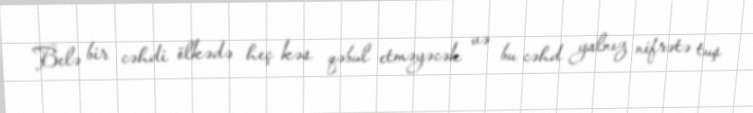
Belə bir cəhdi ölkədə heç kəs qəbul etməyəcək və bu cəhd yalnız nifrətə tuş